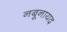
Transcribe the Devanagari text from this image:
नबूनायद